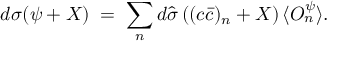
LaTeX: d \sigma ( \psi + X ) \; = \; \sum _ { n } d \widehat { \sigma } \left( ( c \bar { c } ) _ { n } + X \right) \langle { \cal O } _ { n } ^ { \psi } \rangle .